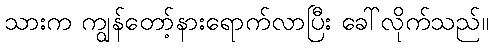
သားက ကျွန်တော့်နားရောက်လာပြီး ခေါ်လိုက်သည်။